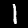
Digit: 1